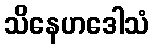
သိနေဟဒေါသံ